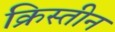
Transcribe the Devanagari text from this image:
क्रिस्तीन